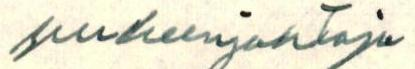
puheenjohtaja